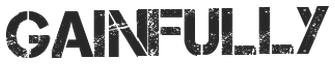
GAINFULLY